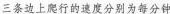
三条边上爬行的速度分别为每分钟